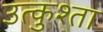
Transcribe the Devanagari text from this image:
उत्कुश्ता